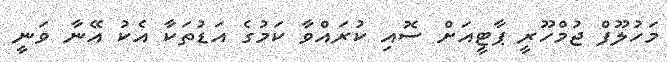
މަހުލޫފް ޖުމްހޫރީ ޕާޓީއަށް ސޮއި ކުރައްވާ ކަމުގެ އަޑުތަކާ އެކު އޭނާ ވަނީ